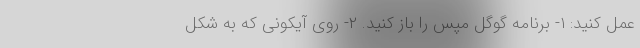
عمل کنید: ۱- برنامه گوگل مپس را باز کنید. ۲- روی آیکونی که به شکل